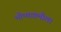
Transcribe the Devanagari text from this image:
भीष्माष्टमीला